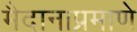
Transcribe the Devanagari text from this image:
मैदानाप्रमाणे